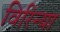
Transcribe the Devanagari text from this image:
विरिन्या